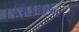
પરીકથાઓની